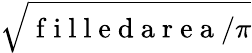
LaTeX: \sqrt{\mathrm{~f~i~l~l~e~d~a~r~e~a~}/\pi}